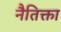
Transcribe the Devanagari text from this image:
नैतिक्ता